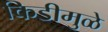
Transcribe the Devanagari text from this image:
किडीमुळे